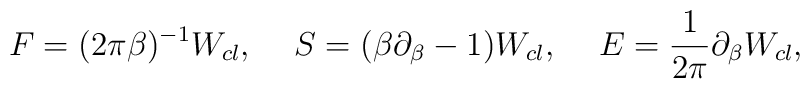
F=(2\pi\beta)^{-1}W_{cl},\hspace{.5cm}S=(\beta\partial_\beta-1)W_{cl}, \hspace{.5cm}E={1 \over 2\pi}\partial_\beta W_{cl} ,